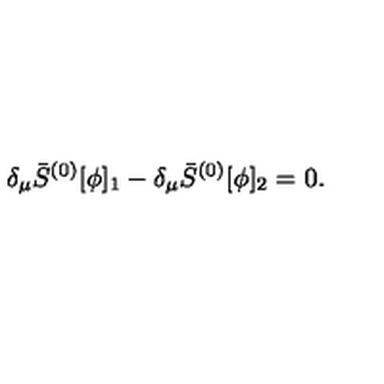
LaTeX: \delta _ { \mu } \bar { S } ^ { ( 0 ) } [ \phi ] _ { 1 } - \delta _ { \mu } \bar { S } ^ { ( 0 ) } [ \phi ] _ { 2 } = 0 .